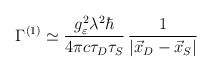
\begin{align*}\Gamma^{(1)} \simeq \frac{g^2_\varepsilon \lambda^2 \hbar}{4\pi c \tau_D \tau_S}\, \frac{1}{|\vec{x}_D - \vec{x}_S|}\end{align*}